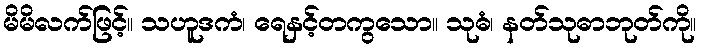
မိမိလက်ဖြင့်။ သဟူဒကံ၊ ရေနှင့်တကွသော။ သုဓံ၊ နတ်သုဓာဘုတ်ကို။